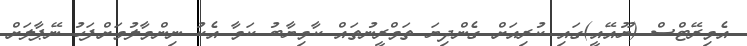
އެމިރޭޓްސް (ޔޫއޭއީ)ގައި ކުރިއަށް ގެންދިޔަ ތަމްރީނުތައް ކާމިޔާބު ކަމާ އެކު ނިންމާލުމަށްފަހު ނޭޕާލަށް